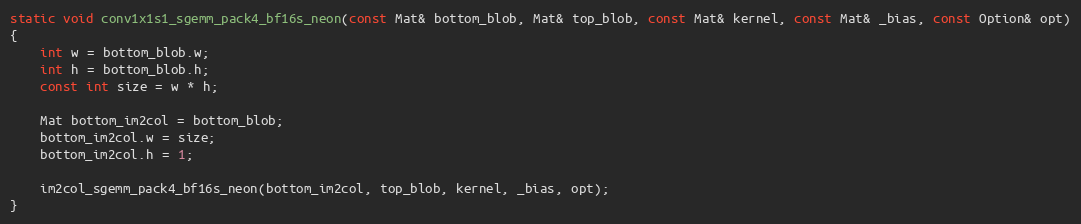
Language: C
static void conv1x1s1_sgemm_pack4_bf16s_neon(const Mat& bottom_blob, Mat& top_blob, const Mat& kernel, const Mat& _bias, const Option& opt)
{
    int w = bottom_blob.w;
    int h = bottom_blob.h;
    const int size = w * h;

    Mat bottom_im2col = bottom_blob;
    bottom_im2col.w = size;
    bottom_im2col.h = 1;

    im2col_sgemm_pack4_bf16s_neon(bottom_im2col, top_blob, kernel, _bias, opt);
}